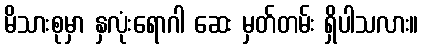
မိသားစုမှာ နှလုံးရောဂါ ဆေး မှတ်တမ်း ရှိပါသလား။